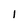
Character: I